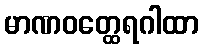
မာဏဝတ္ထေရဂါထာ